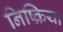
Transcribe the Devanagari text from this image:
निष्‍क्रिया